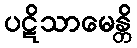
ပဋိသာမေန္တိ